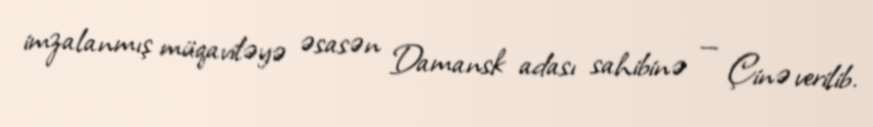
imzalanmış müqaviləyə əsasən Damansk adası sahibinə — Çinə verilib.